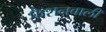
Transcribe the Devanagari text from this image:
फैशनवाली